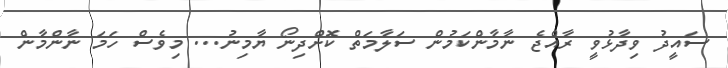
ސައީދު ވިދާޅުވީ ރާއްޖެ ނާމާންކަމުން ސަލާމަތް ކޮށްދިނޯ ޔާމިނު... މިވެސް ހަމަ ނާންމާން